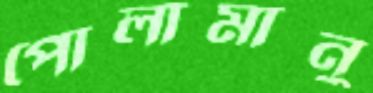
পোলামানু